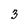
Character: 3